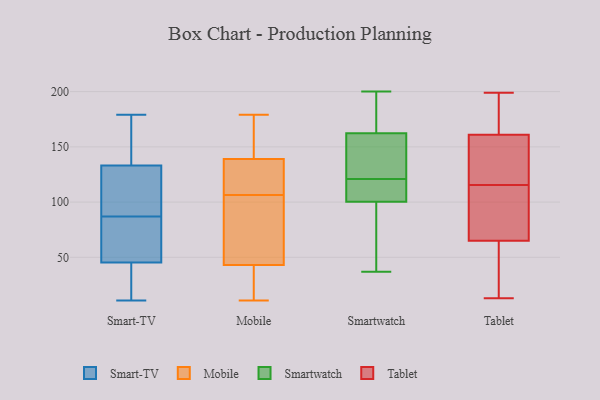
{"axis": {"x": "Energy Usage (MWh)", "y": "Value"}, "legend": ["Mobile", "Smart-TV", "Smartwatch", "Tablet"], "data": [{"x": "", "y": 87, "type": "Smart-TV"}, {"x": "", "y": 11, "type": "Smart-TV"}, {"x": "", "y": 84, "type": "Smart-TV"}, {"x": "", "y": 133, "type": "Smart-TV"}, {"x": "", "y": 179, "type": "Smart-TV"}, {"x": "", "y": 133, "type": "Smart-TV"}, {"x": "", "y": 43, "type": "Smart-TV"}, {"x": "", "y": 45, "type": "Smart-TV"}, {"x": "", "y": 161, "type": "Smart-TV"}, {"x": "", "y": 80, "type": "Smart-TV"}, {"x": "", "y": 118, "type": "Smart-TV"}, {"x": "", "y": 13, "type": "Smart-TV"}, {"x": "", "y": 56, "type": "Smart-TV"}, {"x": "", "y": 126, "type": "Smart-TV"}, {"x": "", "y": 11, "type": "Smart-TV"}, {"x": "", "y": 169, "type": "Smart-TV"}, {"x": "", "y": 163, "type": "Smart-TV"}, {"x": "", "y": 46, "type": "Smart-TV"}, {"x": "", "y": 116, "type": "Smart-TV"}, {"x": "", "y": 137, "type": "Mobile"}, {"x": "", "y": 139, "type": "Mobile"}, {"x": "", "y": 152, "type": "Mobile"}, {"x": "", "y": 11, "type": "Mobile"}, {"x": "", "y": 106, "type": "Mobile"}, {"x": "", "y": 120, "type": "Mobile"}, {"x": "", "y": 58, "type": "Mobile"}, {"x": "", "y": 17, "type": "Mobile"}, {"x": "", "y": 43, "type": "Mobile"}, {"x": "", "y": 150, "type": "Mobile"}, {"x": "", "y": 77, "type": "Mobile"}, {"x": "", "y": 58, "type": "Mobile"}, {"x": "", "y": 107, "type": "Mobile"}, {"x": "", "y": 179, "type": "Mobile"}, {"x": "", "y": 130, "type": "Mobile"}, {"x": "", "y": 22, "type": "Mobile"}, {"x": "", "y": 176, "type": "Mobile"}, {"x": "", "y": 20, "type": "Mobile"}, {"x": "", "y": 133, "type": "Smartwatch"}, {"x": "", "y": 200, "type": "Smartwatch"}, {"x": "", "y": 171, "type": "Smartwatch"}, {"x": "", "y": 40, "type": "Smartwatch"}, {"x": "", "y": 137, "type": "Smartwatch"}, {"x": "", "y": 157, "type": "Smartwatch"}, {"x": "", "y": 121, "type": "Smartwatch"}, {"x": "", "y": 171, "type": "Smartwatch"}, {"x": "", "y": 117, "type": "Smartwatch"}, {"x": "", "y": 37, "type": "Smartwatch"}, {"x": "", "y": 151, "type": "Smartwatch"}, {"x": "", "y": 96, "type": "Smartwatch"}, {"x": "", "y": 188, "type": "Smartwatch"}, {"x": "", "y": 164, "type": "Smartwatch"}, {"x": "", "y": 99, "type": "Smartwatch"}, {"x": "", "y": 104, "type": "Smartwatch"}, {"x": "", "y": 114, "type": "Smartwatch"}, {"x": "", "y": 119, "type": "Smartwatch"}, {"x": "", "y": 64, "type": "Smartwatch"}, {"x": "", "y": 198, "type": "Tablet"}, {"x": "", "y": 88, "type": "Tablet"}, {"x": "", "y": 89, "type": "Tablet"}, {"x": "", "y": 199, "type": "Tablet"}, {"x": "", "y": 35, "type": "Tablet"}, {"x": "", "y": 155, "type": "Tablet"}, {"x": "", "y": 140, "type": "Tablet"}, {"x": "", "y": 49, "type": "Tablet"}, {"x": "", "y": 13, "type": "Tablet"}, {"x": "", "y": 140, "type": "Tablet"}, {"x": "", "y": 167, "type": "Tablet"}, {"x": "", "y": 63, "type": "Tablet"}, {"x": "", "y": 91, "type": "Tablet"}, {"x": "", "y": 152, "type": "Tablet"}, {"x": "", "y": 195, "type": "Tablet"}, {"x": "", "y": 67, "type": "Tablet"}]}